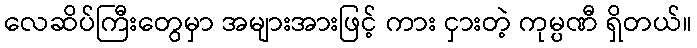
လေဆိပ်ကြီးတွေမှာ အများအားဖြင့် ကား ငှားတဲ့ ကုမ္ပဏီ ရှိတယ်။